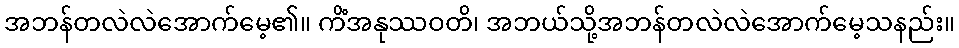
အဘန်တလဲလဲအောက်မေ့၏။ ကိံအနုဿဝတိ၊ အဘယ်သို့အဘန်တလဲလဲအောက်မေ့သနည်း။